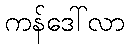
ကန်ဒေါ်လာ